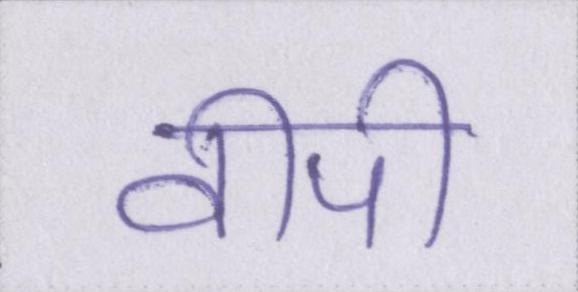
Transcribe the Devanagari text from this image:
वीपी